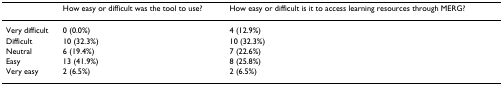
<table><thead><tr><td></td><td><b>How easy or difficult was the tool to use?</b></td><td><b>How easy or difficult is it to access learning resources through MERG?</b></td></tr></thead><tbody><tr><td>Very difficult</td><td>0 (0.0%)</td><td>4 (12.9%)</td></tr><tr><td>Difficult</td><td>10 (32.3%)</td><td>10 (32.3%)</td></tr><tr><td>Neutral</td><td>6 (19.4%)</td><td>7 (22.6%)</td></tr><tr><td>Easy</td><td>13 (41.9%)</td><td>8 (25.8%)</td></tr><tr><td>Very easy</td><td>2 (6.5%)</td><td>2 (6.5%)</td></tr></tbody></table>